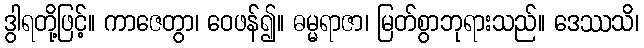
ဒွါရတို့ဖြင့်။ ကာဇေတွာ၊ ဝေဖန်၍။ ဓမ္မရာဇာ၊ မြတ်စွာဘုရားသည်။ ဒေဿသိ၊